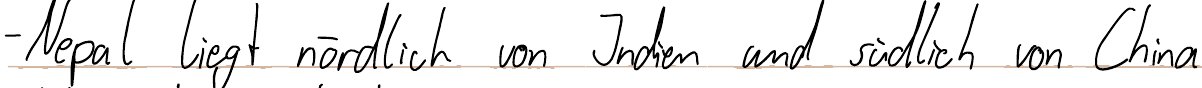
- Nepal liegt nördlich von Indien und südlich von China